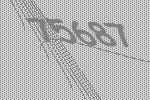
75687